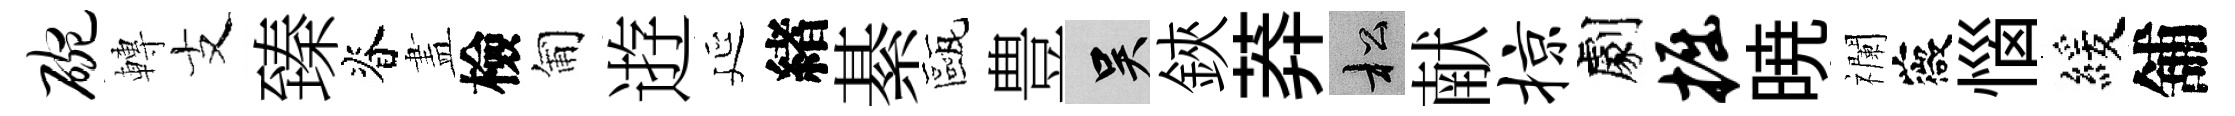
碗轉支臻脊𥁞檢匍逰延緖綦甌豊吴鋏莽松献掠劇掘暁襴薇惱緩舖